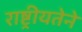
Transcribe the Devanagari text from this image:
राष्ट्रीयतेने